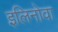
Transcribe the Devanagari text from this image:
इलिनोवा